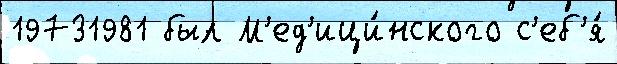
19731981 был М'ед'ици́нского с'еб'я́